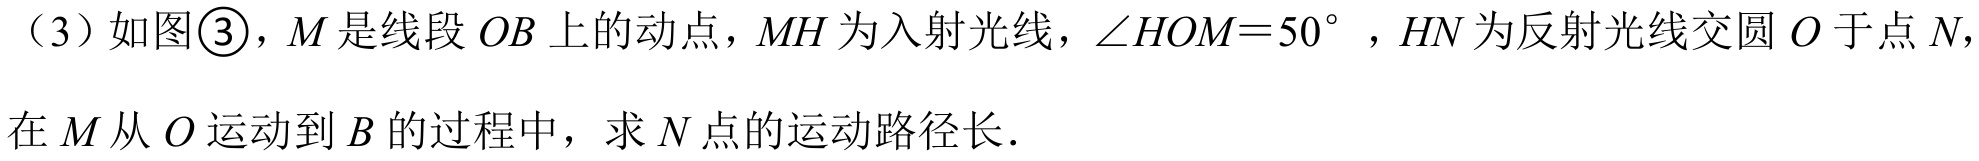
（3）如图\textcircled{3}，$M$是线段$OB$上的动点，$MH$为入射光线，$\angle HOM = 50^{\circ}$，$HN$为反射光线交圆$O$于点$N$，
在$M$从$O$运动到$B$的过程中，求$N$点的运动路径长．